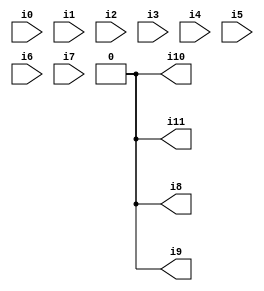
// Benchmark "SKOLEMFORMULA" written by ABC on Mon May  4 05:27:47 2020

module SKOLEMFORMULA ( 
    i0, i1, i2, i3, i4, i5, i6, i7,
    i8, i9, i10, i11  );
  input  i0, i1, i2, i3, i4, i5, i6, i7;
  output i8, i9, i10, i11;
  assign i8 = 1'b0;
  assign i9 = 1'b0;
  assign i10 = 1'b0;
  assign i11 = 1'b0;
endmodule